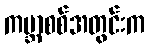
ကမ္ဘာစစ်အတွင်းက